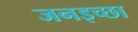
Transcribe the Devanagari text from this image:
जनइच्छा